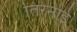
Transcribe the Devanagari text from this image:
तिरेनोई